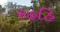
રહહિ